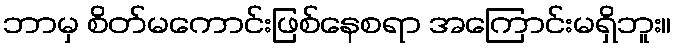
ဘာမှ စိတ်မကောင်းဖြစ်နေစရာ အကြောင်းမရှိဘူး။